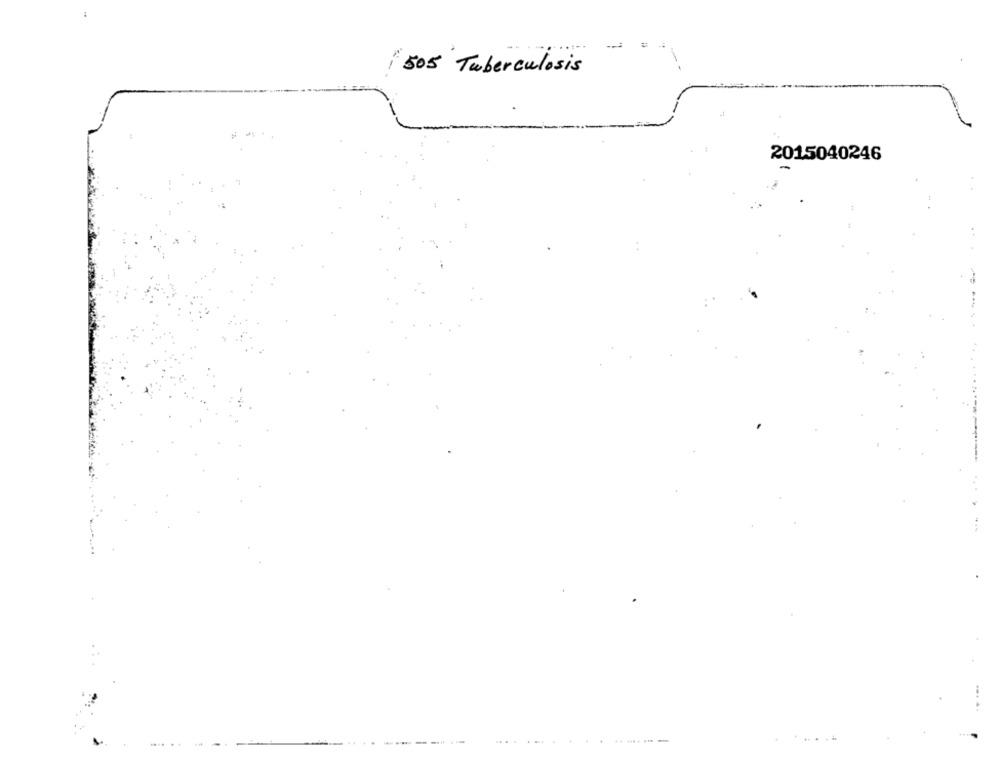
--
505 Tuberculosis
2015040246
--
--
....
.........-